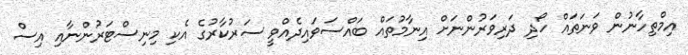
އިމްތިހާނުން ވަނަތައް ހޯދި ދަރިވަރުންނަށް އިނާމުތައް ބައްސަވައިދެއްވީ ސަރުކާރުގެ އެކި މިނިސްޓަރުންނާއި އިސް